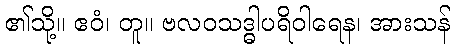
၏သို့။ ဧဝံ၊ တူ။ ဗလဝသဒ္ဓါပရိဝါရေန၊ အားသန်